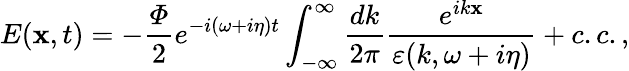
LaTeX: E(\mathbf{x},t)=-\frac{{\varPhi}}{{2}}e^{-i(\omega+i\eta)t}\int_{-\infty}^{\infty}\frac{{dk}}{{2\pi}}\frac{{e^{ik\mathbf{x}}}}{{\varepsilon(k,\omega+i\eta)}}+c.c.,